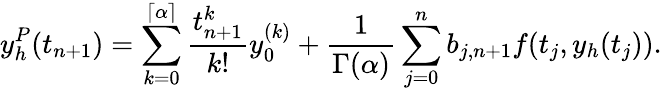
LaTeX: y_{h}^{P}(t_{n+1})=\sum_{k=0}^{\left\lceil{\alpha}\right\rceil}\frac{t_{n+1}^{k}}{k!}y_{0}^{(k)}+\frac{1}{\Gamma(\alpha)}\sum_{j=0}^{n}b_{j,n+1}f(t_{j},y_{h}(t_{j})).